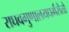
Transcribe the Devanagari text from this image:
राघवगुणालयधर्मसेतो